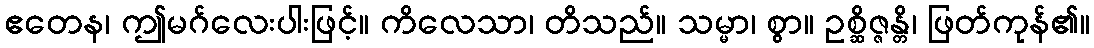
ဧတေန၊ ဤမဂ်လေးပါးဖြင့်။ ကိလေသာ၊ တိသည်။ သမ္မာ၊ စွာ။ ဥစ္ဆိဇ္ဇန္တိ၊ ဖြတ်ကုန်၏။